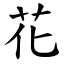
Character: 花